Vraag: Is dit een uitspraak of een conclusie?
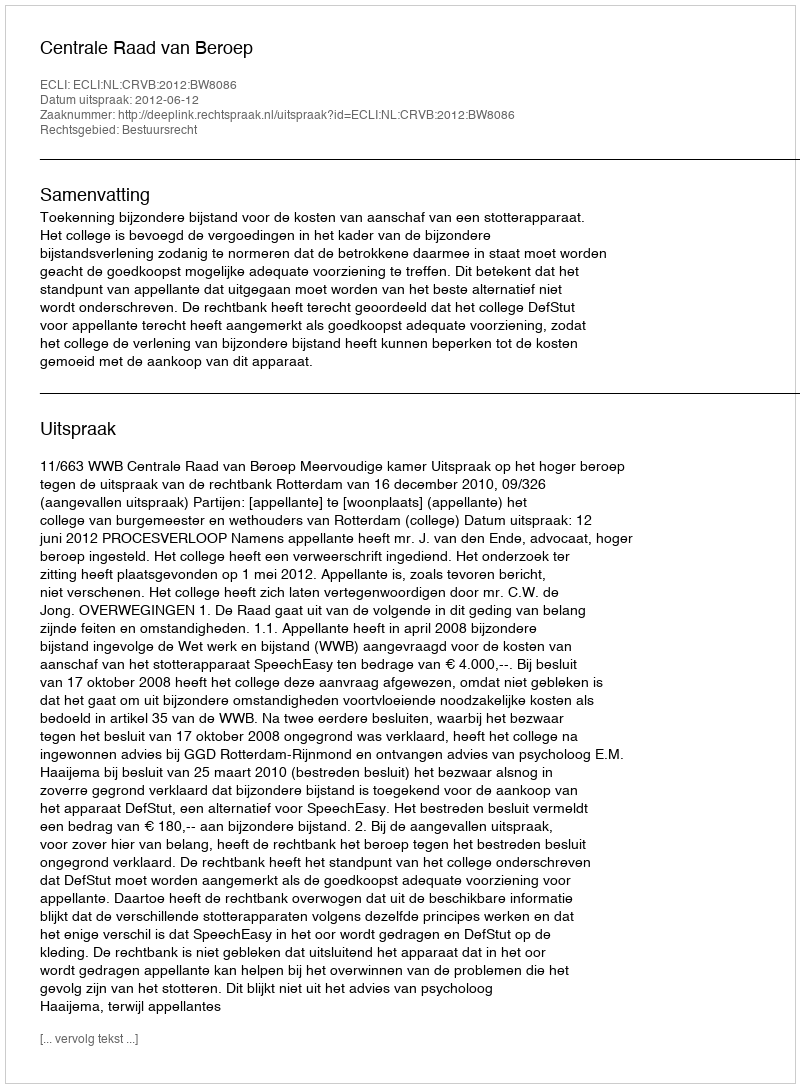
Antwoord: Uitspraak